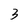
Character: 3